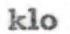
klo